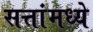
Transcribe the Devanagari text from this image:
सत्तांमध्ये